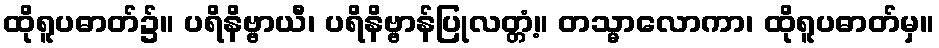
ထိုရူပဓာတ်၌။ ပရိနိဗ္ဗာယီ၊ ပရိနိဗ္ဗာန်ပြုလတ္တံ့။ တသ္မာလောကာ၊ ထိုရူပဓာတ်မှ။